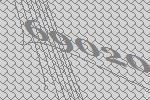
69020